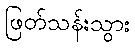
ဖြတ်သန်းသွား